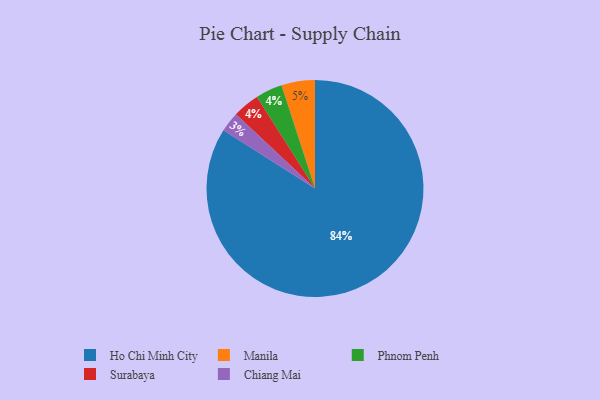
{"axis": {"x": "Category", "y": "Percentage"}, "legend": ["Chiang Mai", "Ho Chi Minh City", "Manila", "Phnom Penh", "Surabaya"], "data": [{"x": "Chiang Mai", "y": 3, "type": "Chiang Mai"}, {"x": "Phnom Penh", "y": 4, "type": "Phnom Penh"}, {"x": "Manila", "y": 5, "type": "Manila"}, {"x": "Ho Chi Minh City", "y": 84, "type": "Ho Chi Minh City"}, {"x": "Surabaya", "y": 4, "type": "Surabaya"}]}